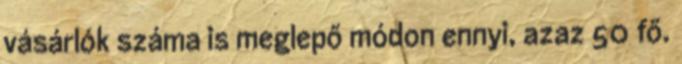
vásárlók száma is meglepő módon ennyi, azaz 50 fő.